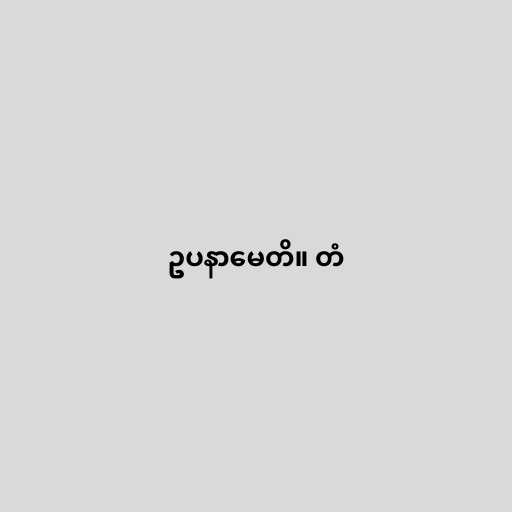
ဥပနာမေတိ။ တံ